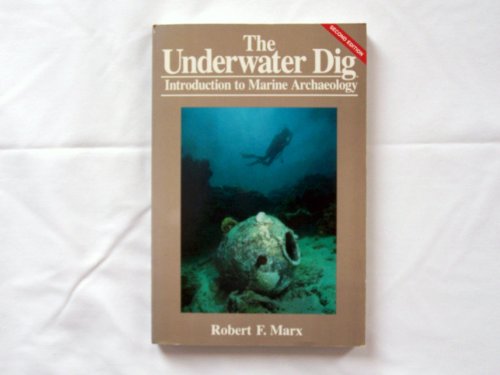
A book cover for The Underwater Dig: Introduction to Marine Archaeology; Robert F. Marx; Travel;